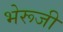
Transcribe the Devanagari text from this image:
भेरूजी